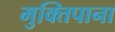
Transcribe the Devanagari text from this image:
मुक्तिपाना